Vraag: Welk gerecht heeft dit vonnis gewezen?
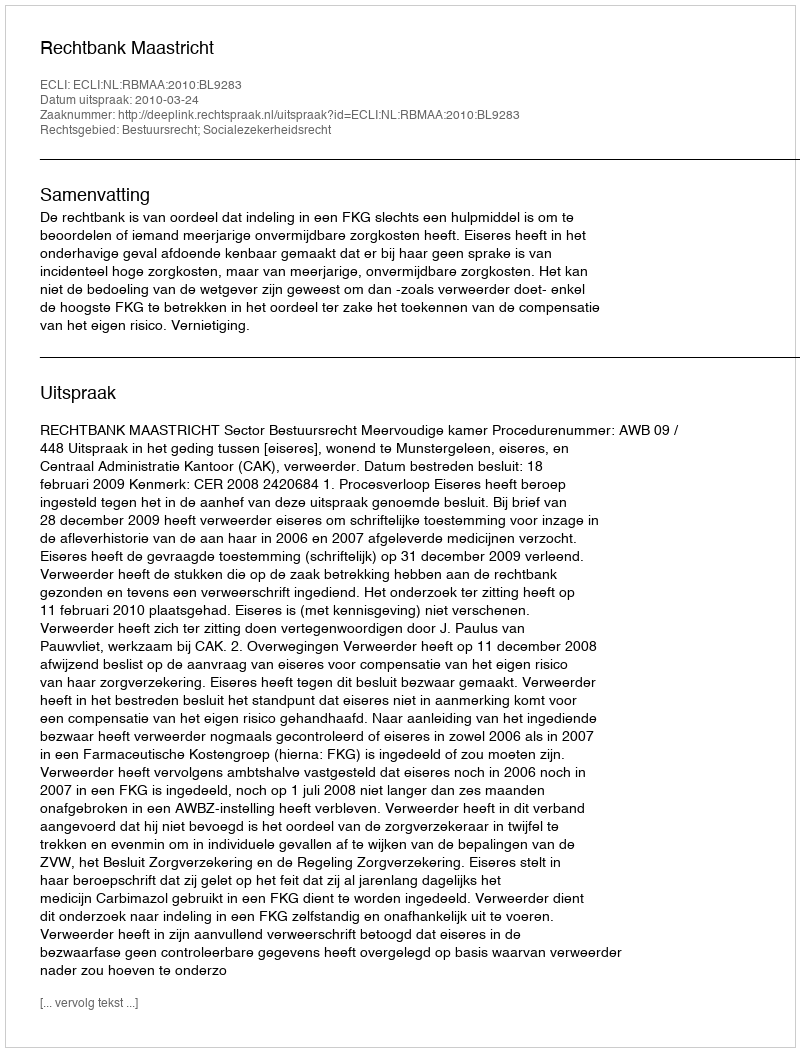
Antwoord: Rechtbank Maastricht